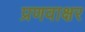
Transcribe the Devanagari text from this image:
प्रणवाक्षर